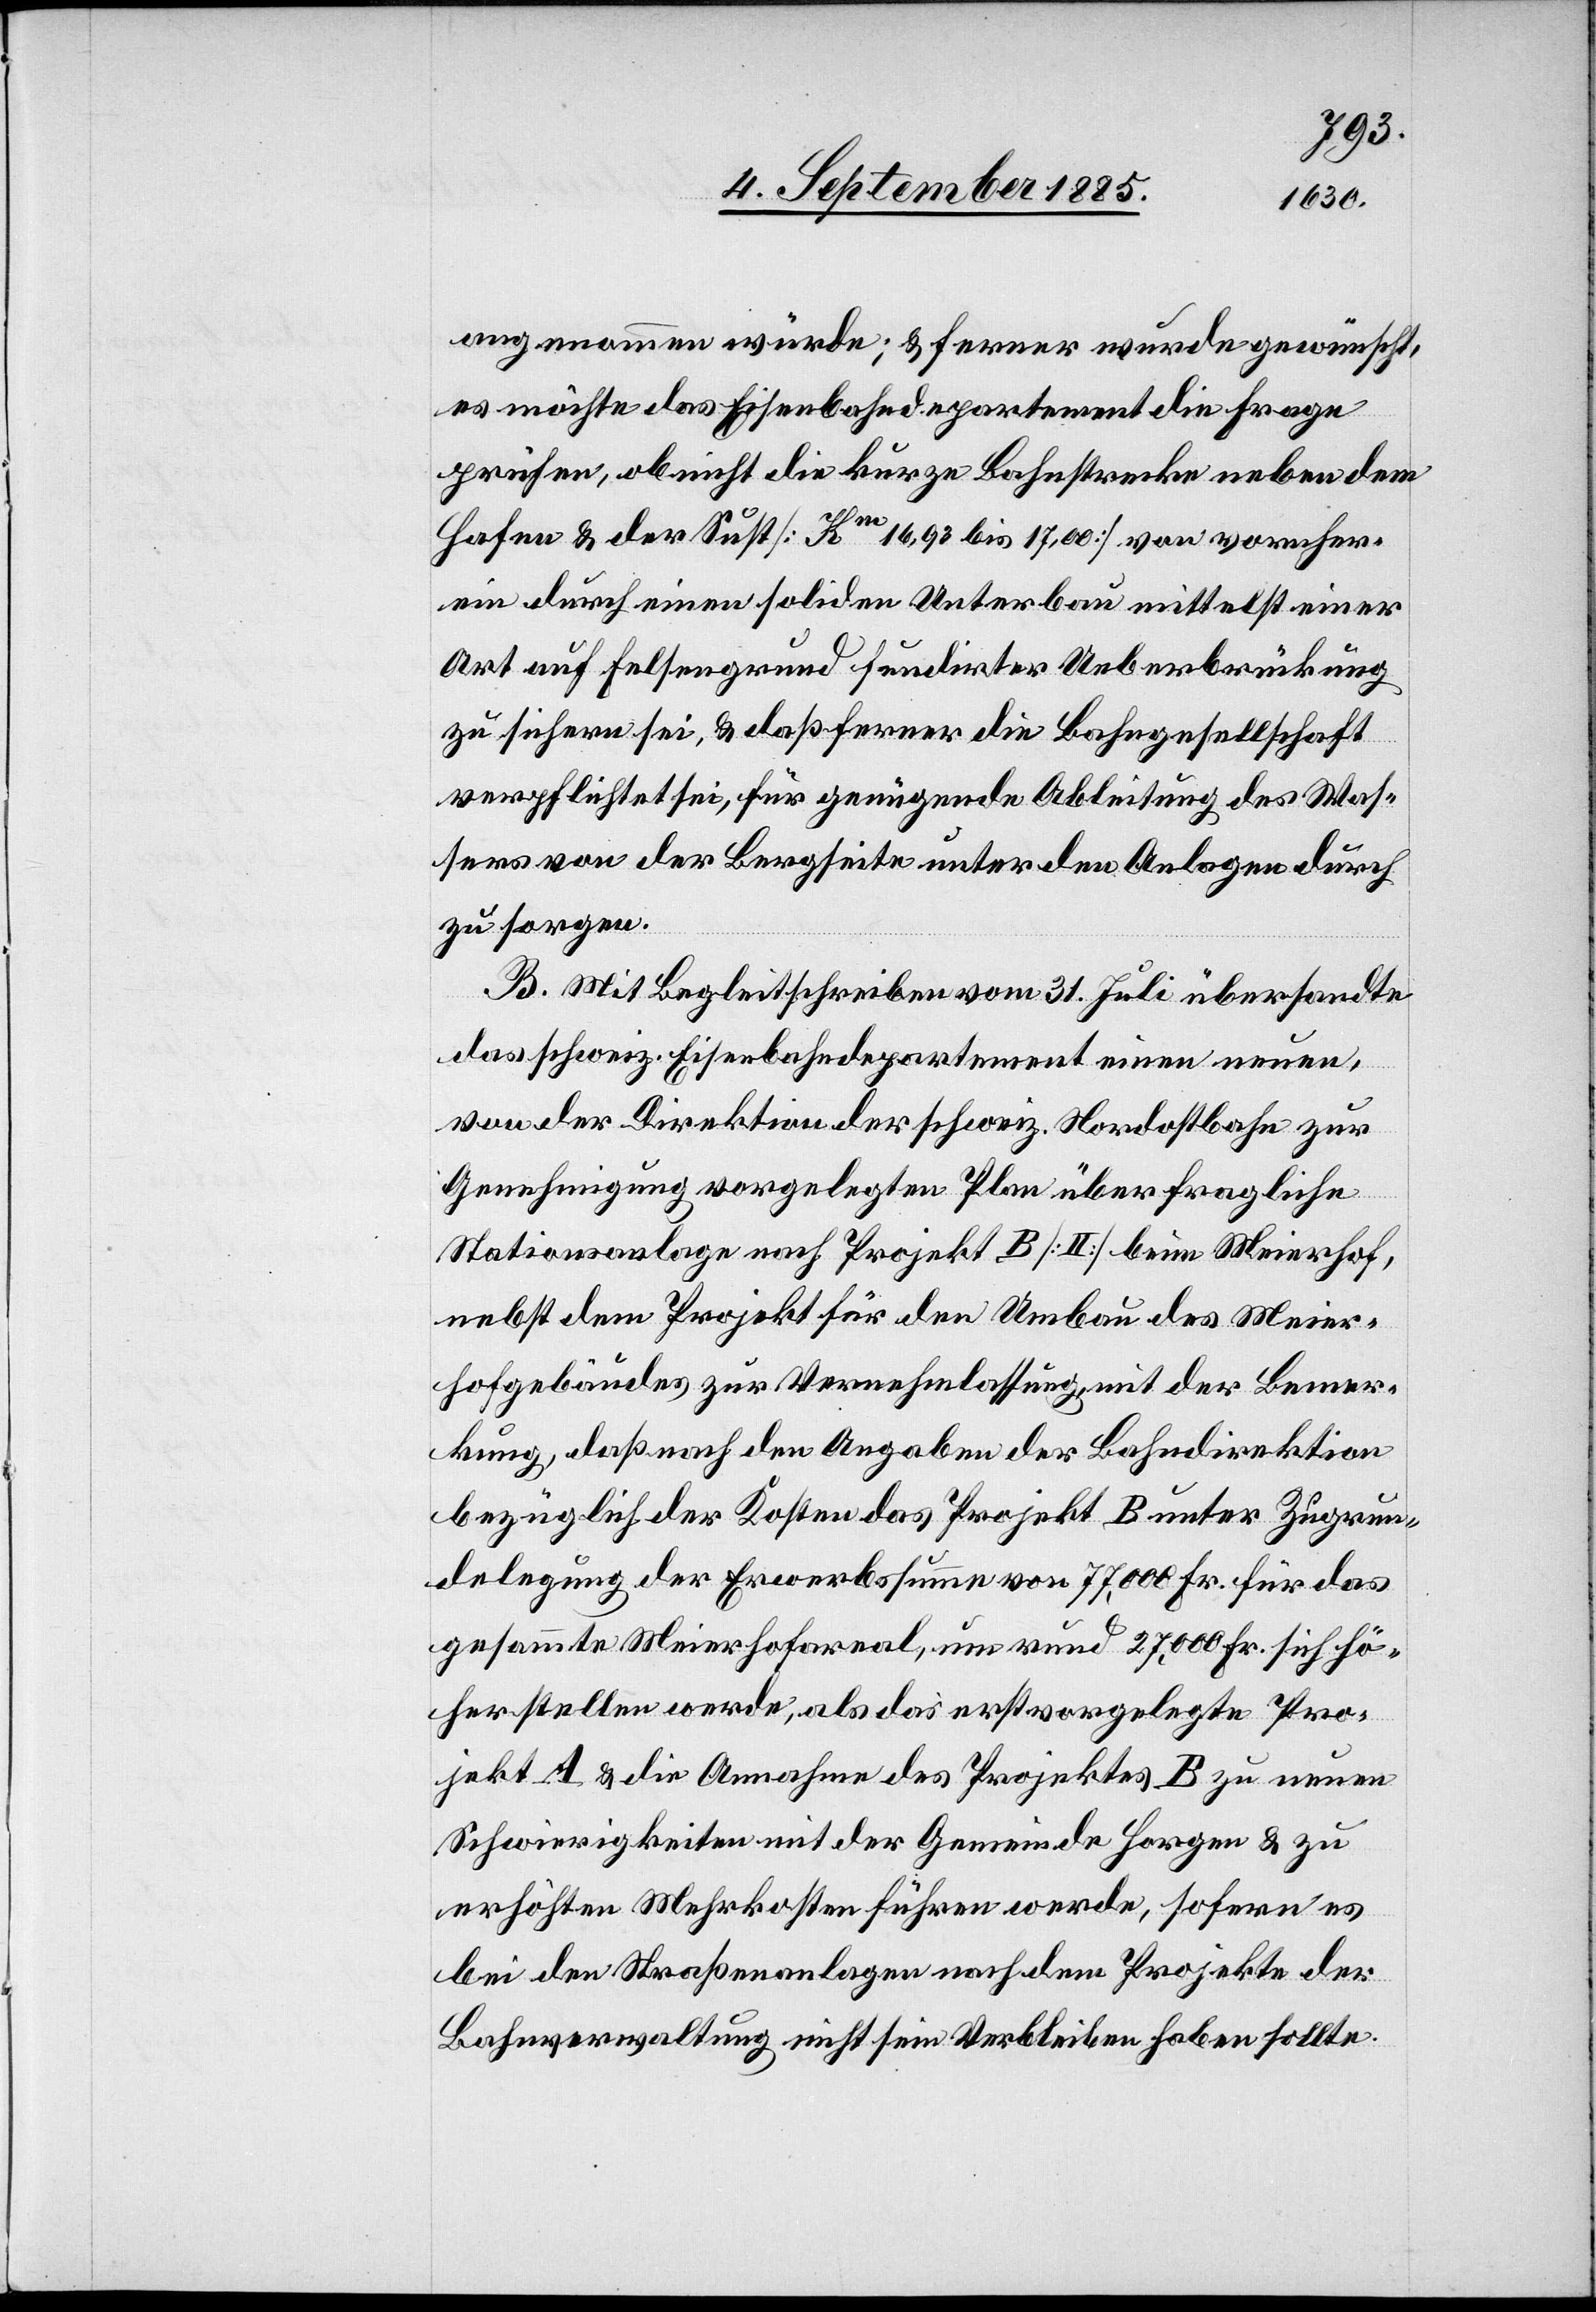
angenommen würde; & ferner wurde gewünscht,
es möchte das Eisenbahndepartement die Frage
prüfen, ob nicht die kurze Bahnstrecke neben dem
Hafen & der Sust [Km 16,93 bis 17,00] von vorneher¬
ein durch einen soliden Unterbau mittelst einer
Art auf Felsengrund fundirter Ueberbrückung
zu sichern sei, & daß ferner die Bahngesellschaft
verpflichtet sei, für genügende Ableitung des Was¬
sers von der Bergseite unter den Anlagen durch
zu sorgen.
B. Mit Begleitschreiben vom 31. Juli übersandte
das schweiz. Eisenbahndepartement einen neuen,
von der Direktion der schweiz. Nordostbahn zur
Genehmigung vorgelegten Plan über fragliche
Stationsanlage nach Projekt B [II] beim Meierhof,
nebst dem Projekt für den Umbau des Meier¬
hofgebäudes zur Vernehmlassung, mit der Bemer¬
kung, daß nach den Angaben der Bahndirektion
bezüglich der Kosten das Projekt B unter Zugrun¬
delegung der Erwerbssumme von 77,000 Fr. sich hö¬
herstellen werde, als das erstvorgelegte Pro¬
jekt A & die Annahme des Projektes B zu neuen
Schwierigkeiten mit der Gemeinde Horgen & zu
erhöhten Mehrkosten führen werde, sofern es
bei den Straßenanlagen nach dem Projekte der
Bahnverwaltung nicht sein Verbleiben haben sollte.